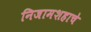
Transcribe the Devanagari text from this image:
निजामशहाचे